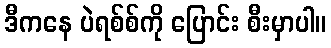
ဒီကနေ ပဲရစ်စ်ကို ပြောင်း စီးမှာပါ။